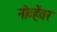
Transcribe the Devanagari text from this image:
नोव्हेंवर